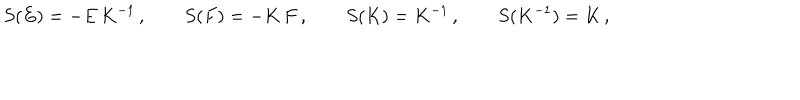
S ( E ) = - E \, K ^ { - 1 } \, , \qquad S ( F ) = - K \, F \, , \qquad S ( K ) = K ^ { - 1 } \, , \qquad S ( K ^ { - 1 } ) = K \, ,